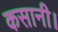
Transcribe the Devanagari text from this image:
कसानी।